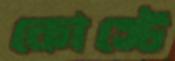
কোস্টে